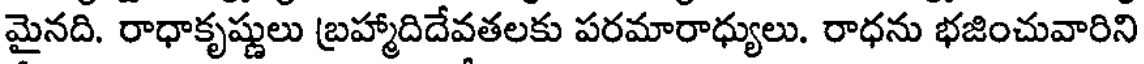
మైనది. రాధాకృష్ణులు బ్రహ్మాదిదేవతలకు పరమారాధ్యులు. రాధను భజించువారిని